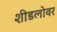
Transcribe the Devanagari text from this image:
शीडलोवर